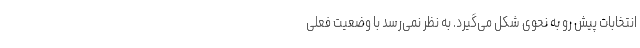
انتخابات پیش رو به نحوی شکل می‌گیرد. به نظر نمی‌رسد با وضعیت فعلی